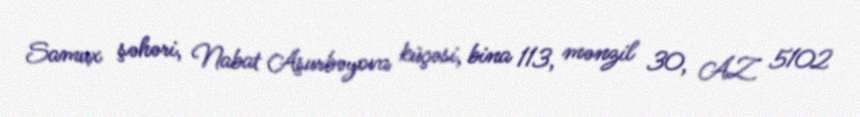
Samux şəhəri, Nabat Aşurbəyova küçəsi, bina 113, mənzil 30, AZ 5102